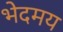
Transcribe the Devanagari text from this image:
भेदमय